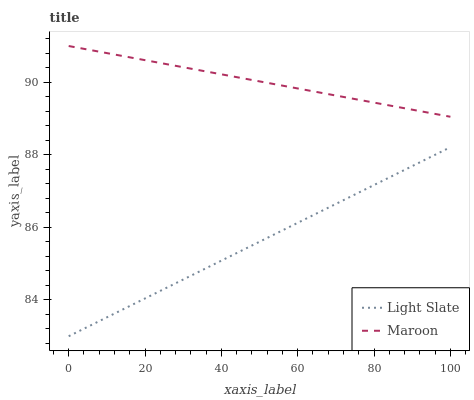
| xaxis_label | Light Slate | Maroon |
 | --- | --- | --- |
 | 0 | 83 | 91 |
 | 7.14 | 83.4 | 90.9 |
 | 14.3 | 83.7 | 90.7 |
 | 21.4 | 84.1 | 90.6 |
 | 28.6 | 84.5 | 90.4 |
 | 35.7 | 84.9 | 90.3 |
 | 42.9 | 85.2 | 90.2 |
 | 50 | 85.6 | 90 |
 | 57.1 | 86 | 89.9 |
 | 64.3 | 86.3 | 89.7 |
 | 71.4 | 86.7 | 89.6 |
 | 78.6 | 87.1 | 89.5 |
 | 85.7 | 87.5 | 89.3 |
 | 92.9 | 87.8 | 89.2 |
 | 100 | 88.2 | 89 |